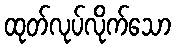
ထုတ်လုပ်လိုက်သော